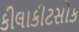
કીલાકીટસોક